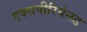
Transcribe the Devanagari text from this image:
एक्सपीरियेन्स्ड